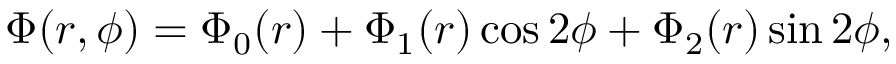
\Phi ( r , \phi ) = \Phi _ { 0 } ( r ) + \Phi _ { 1 } ( r ) \cos 2 \phi + \Phi _ { 2 } ( r ) \sin 2 \phi ,